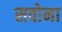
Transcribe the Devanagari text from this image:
सवोना